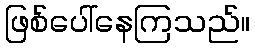
ဖြစ်ပေါ်နေကြသည်။